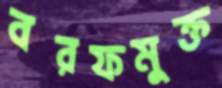
বরফমুক্ত